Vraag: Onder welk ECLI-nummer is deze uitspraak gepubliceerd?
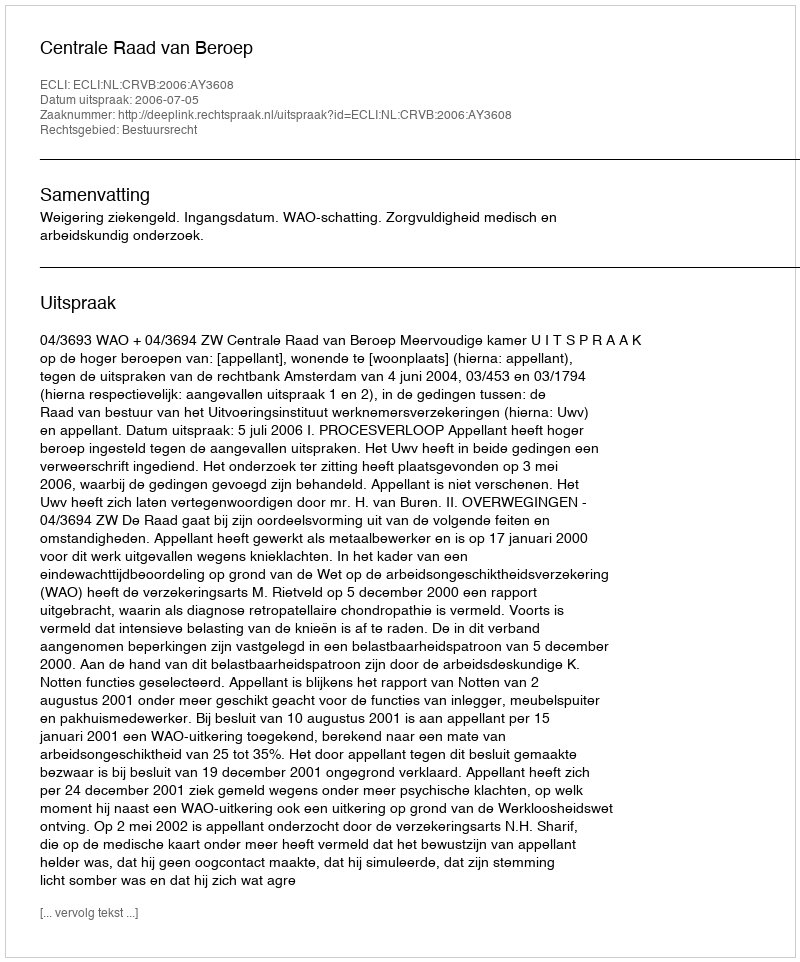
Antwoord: ECLI:NL:CRVB:2006:AY3608